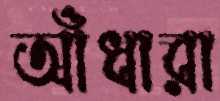
আঁধারা